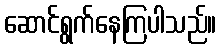
ဆောင်ရွက်နေကြပါသည်။